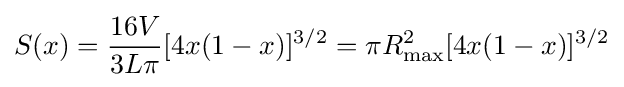
S(x)={\frac {16V}{3L\pi }}[4x(1-x)]^{3/2}=\pi R_{\text{max}}^{2}[4x(1-x)]^{3/2}